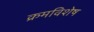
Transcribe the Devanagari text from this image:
क्रमविशेष